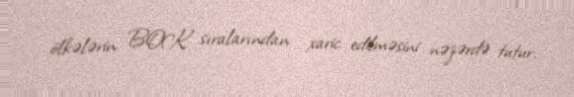
ölkələrin BOK sıralarından xaric edilməsini nəzərdə tutur.